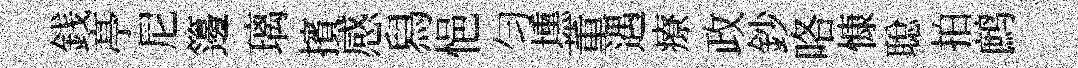
銭𠅘尼籩璃擯感舄悒匀壎董遇療政鈔咯慷聪拍鹧